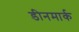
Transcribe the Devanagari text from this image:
डीनमार्क